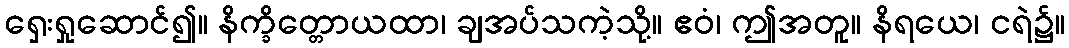
ရှေးရှုဆောင်၍။ နိက္ခိတ္တောယထာ၊ ချအပ်သကဲ့သို့။ ဧဝံ၊ ဤအတူ။ နိရယေ၊ ငရဲ၌။